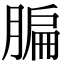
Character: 䐔